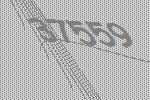
37559